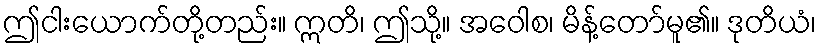
ဤငါးယောက်တို့တည်း။ ဣတိ၊ ဤသို့။ အဝေါစ၊ မိန့်တော်မူ၏။ ဒုတိယံ၊